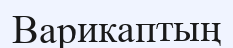
Варикаптың